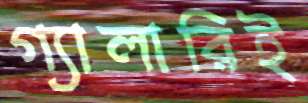
গ্যালারিই